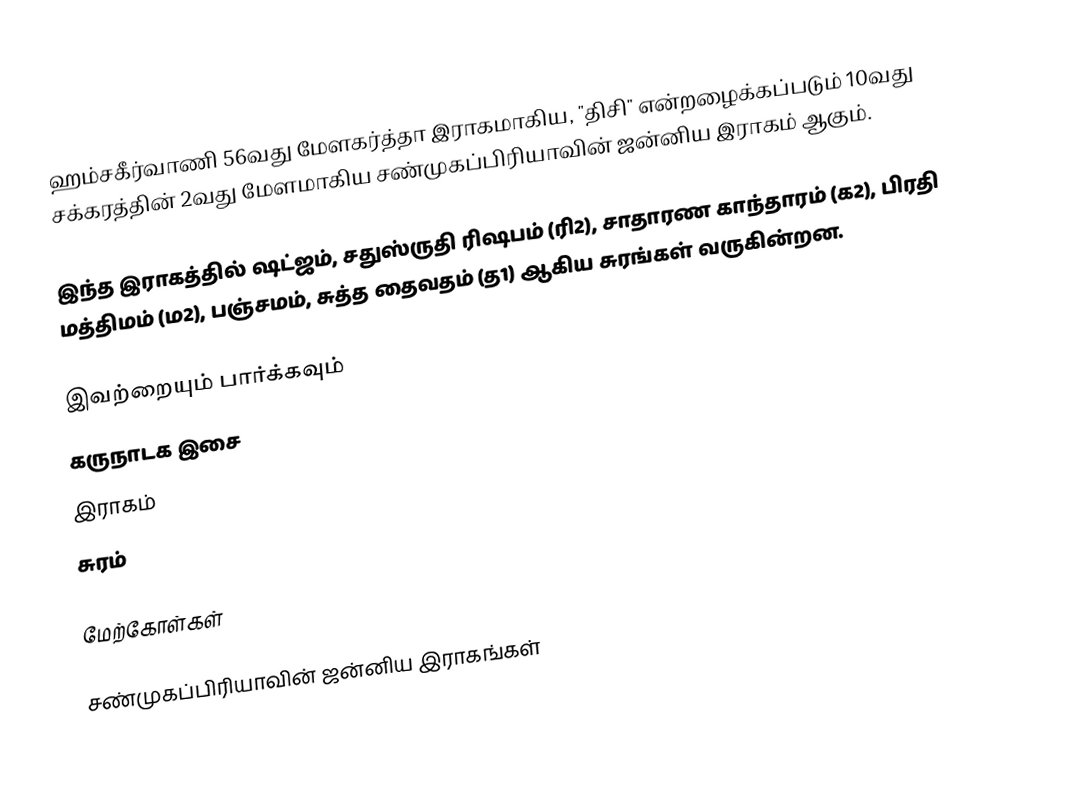
ஹம்சகீர்வாணி 56வது மேளகர்த்தா இராகமாகிய, "திசி" என்றழைக்கப்படும் 10வது சக்கரத்தின் 2வது மேளமாகிய சண்முகப்பிரியாவின் ஜன்னிய இராகம் ஆகும்.

இந்த இராகத்தில் ஷட்ஜம், சதுஸ்ருதி ரிஷபம் (ரி2), சாதாரண காந்தாரம் (க2), பிரதி மத்திமம் (ம2), பஞ்சமம், சுத்த தைவதம் (த1) ஆகிய சுரங்கள் வருகின்றன.

இவற்றையும் பார்க்கவும்
 கருநாடக இசை
 இராகம்
 சுரம்

மேற்கோள்கள்

சண்முகப்பிரியாவின் ஜன்னிய இராகங்கள்